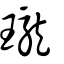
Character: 瓏